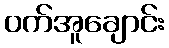
ဝက်အူချောင်း